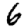
Digit: 6